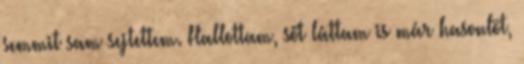
semmit sam sejtettem. Hallottam, sőt láttam is már hasonlöt,